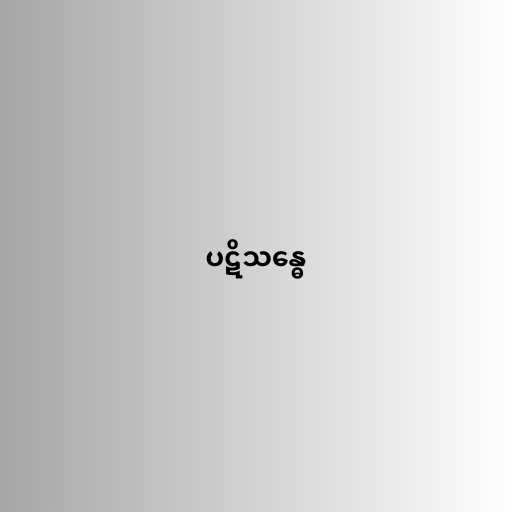
ပဋိသန္ဓေ